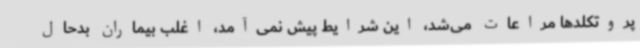
پروتکلدها مراعات می‌شد، این شرایط پیش نمی‌آمد، اغلب بیماران بدحال